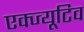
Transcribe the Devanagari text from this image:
एक्ज्यूटिव